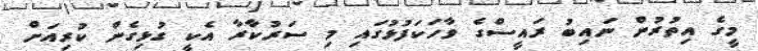
މީގެ އިތުރުން ނައިބު ރައީސްގެ ވާހަކަފުޅުގައި މި ސަރުކާރާ އެކީ ގުޅިގެން ކުރިއަށް